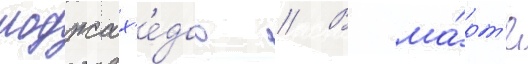
моджах'е́дов // В ма́рт'е